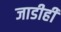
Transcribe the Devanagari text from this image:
जाडीही